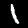
Digit: 1